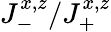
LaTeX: J_{-}^{x,z}/J_{+}^{x,z}